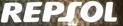
REPSOL